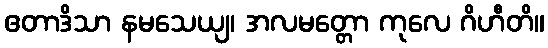
ဧတာဒိသာ နမသေယျ၊ အလမတ္တော ကုလေ ဂိဟီတိ။